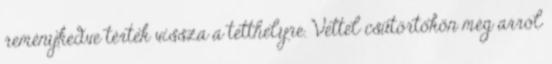
reménykedve tértek vissza a tetthelyre. Vettel csütörtökön még arról